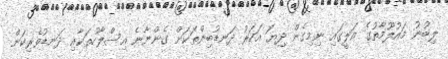
ލިބުނު މައުލޫމާތުގެ އަލީގައި ނިމިގެން ދިޔަ އަހަރު ދަނޑުބިންތަކަށް ގެންނާނެ އިސްލާހުތަކާއި ދަނޑުވެރިކަން